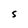
Character: S